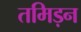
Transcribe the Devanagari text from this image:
तमिड़न